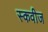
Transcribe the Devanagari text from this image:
स्कवीज